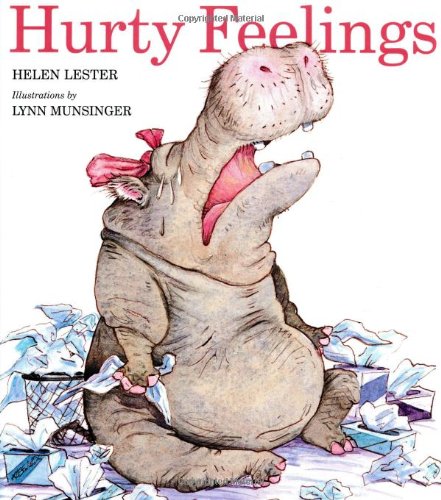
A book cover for Hurty Feelings; Helen Lester; Children's Books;